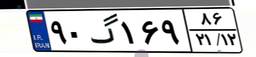
۹۰گ۱۶۹۸۶